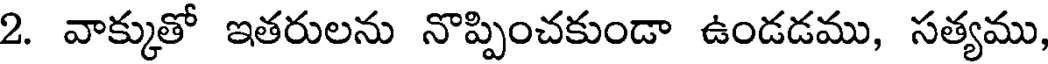
2. వాక్కుతో ఇతరులను నొప్పించకుండా ఉండడము, సత్యము,